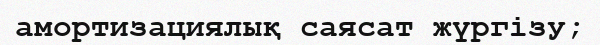
амортизациялық саясат жүргізу;